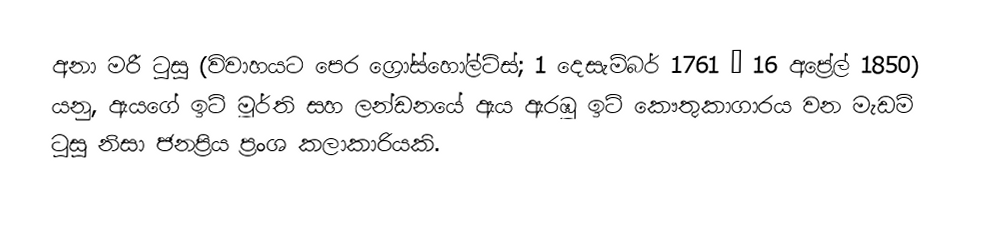
අනා මරී ටුසූ (විවාහයට පෙර ග්‍රෝස්හෝල්ට්ස්; 1 දෙසැම්බර් 1761 – 16 අප්‍රේල් 1850) යනු, ඇයගේ ඉටි මූර්ති සහ ලන්ඩනයේ ඇය ඇරඹූ ඉටි කෞතුකාගාරය වන මැඩම් ටුසූ නිසා ජනප්‍රිය ප්‍රංශ කලාකාරියකි.